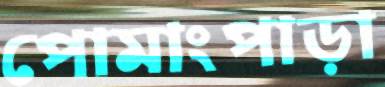
পোমাংপাড়া